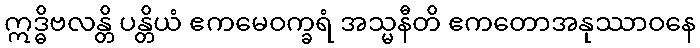
ဣဒ္ဓိဗလန္တိ ပန္တိယံ ဧကမေဝက္ခရံ အသ္မနီတိ ဧကတောအနုဿာဝနေ